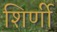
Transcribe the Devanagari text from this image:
शिर्णी